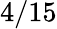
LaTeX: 4/15